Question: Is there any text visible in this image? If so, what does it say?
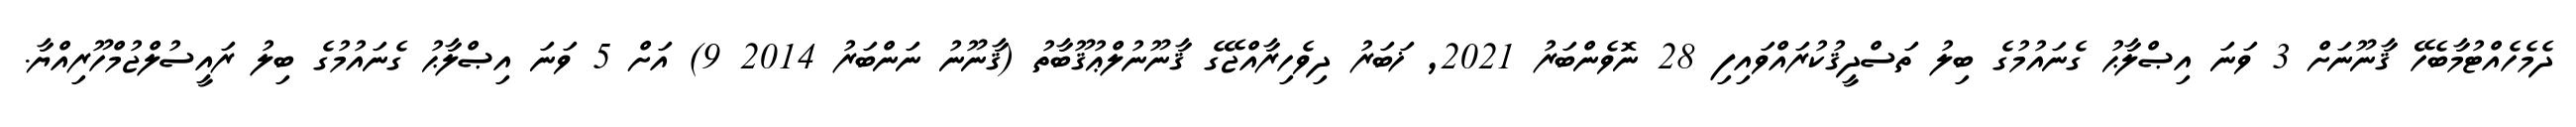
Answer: ދެމެހެއްޓުމާބެހޭ ޤާނޫނަށް 3 ވަނަ އިޞްލާޙު ގެނައުމުގެ ބިލު ތަސްދީޤުކުރައްވައިފި 28 ނޮވެންބަރު 2021, ޚަބަރު ދިވެހިރާއްޖޭގެ ޤާނޫނުލްޢުޤޫބާތު (ޤާނޫނު ނަންބަރު 2014 9) އަށް 5 ވަނަ އިޞްލާޙު ގެނައުމުގެ ބިލު ރައީސުލްޖުމްހޫރިއްޔާ.